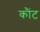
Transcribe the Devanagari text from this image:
कौंट